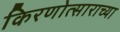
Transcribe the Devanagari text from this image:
किरणोत्साराच्या